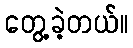
တွေ့ခဲ့တယ်။